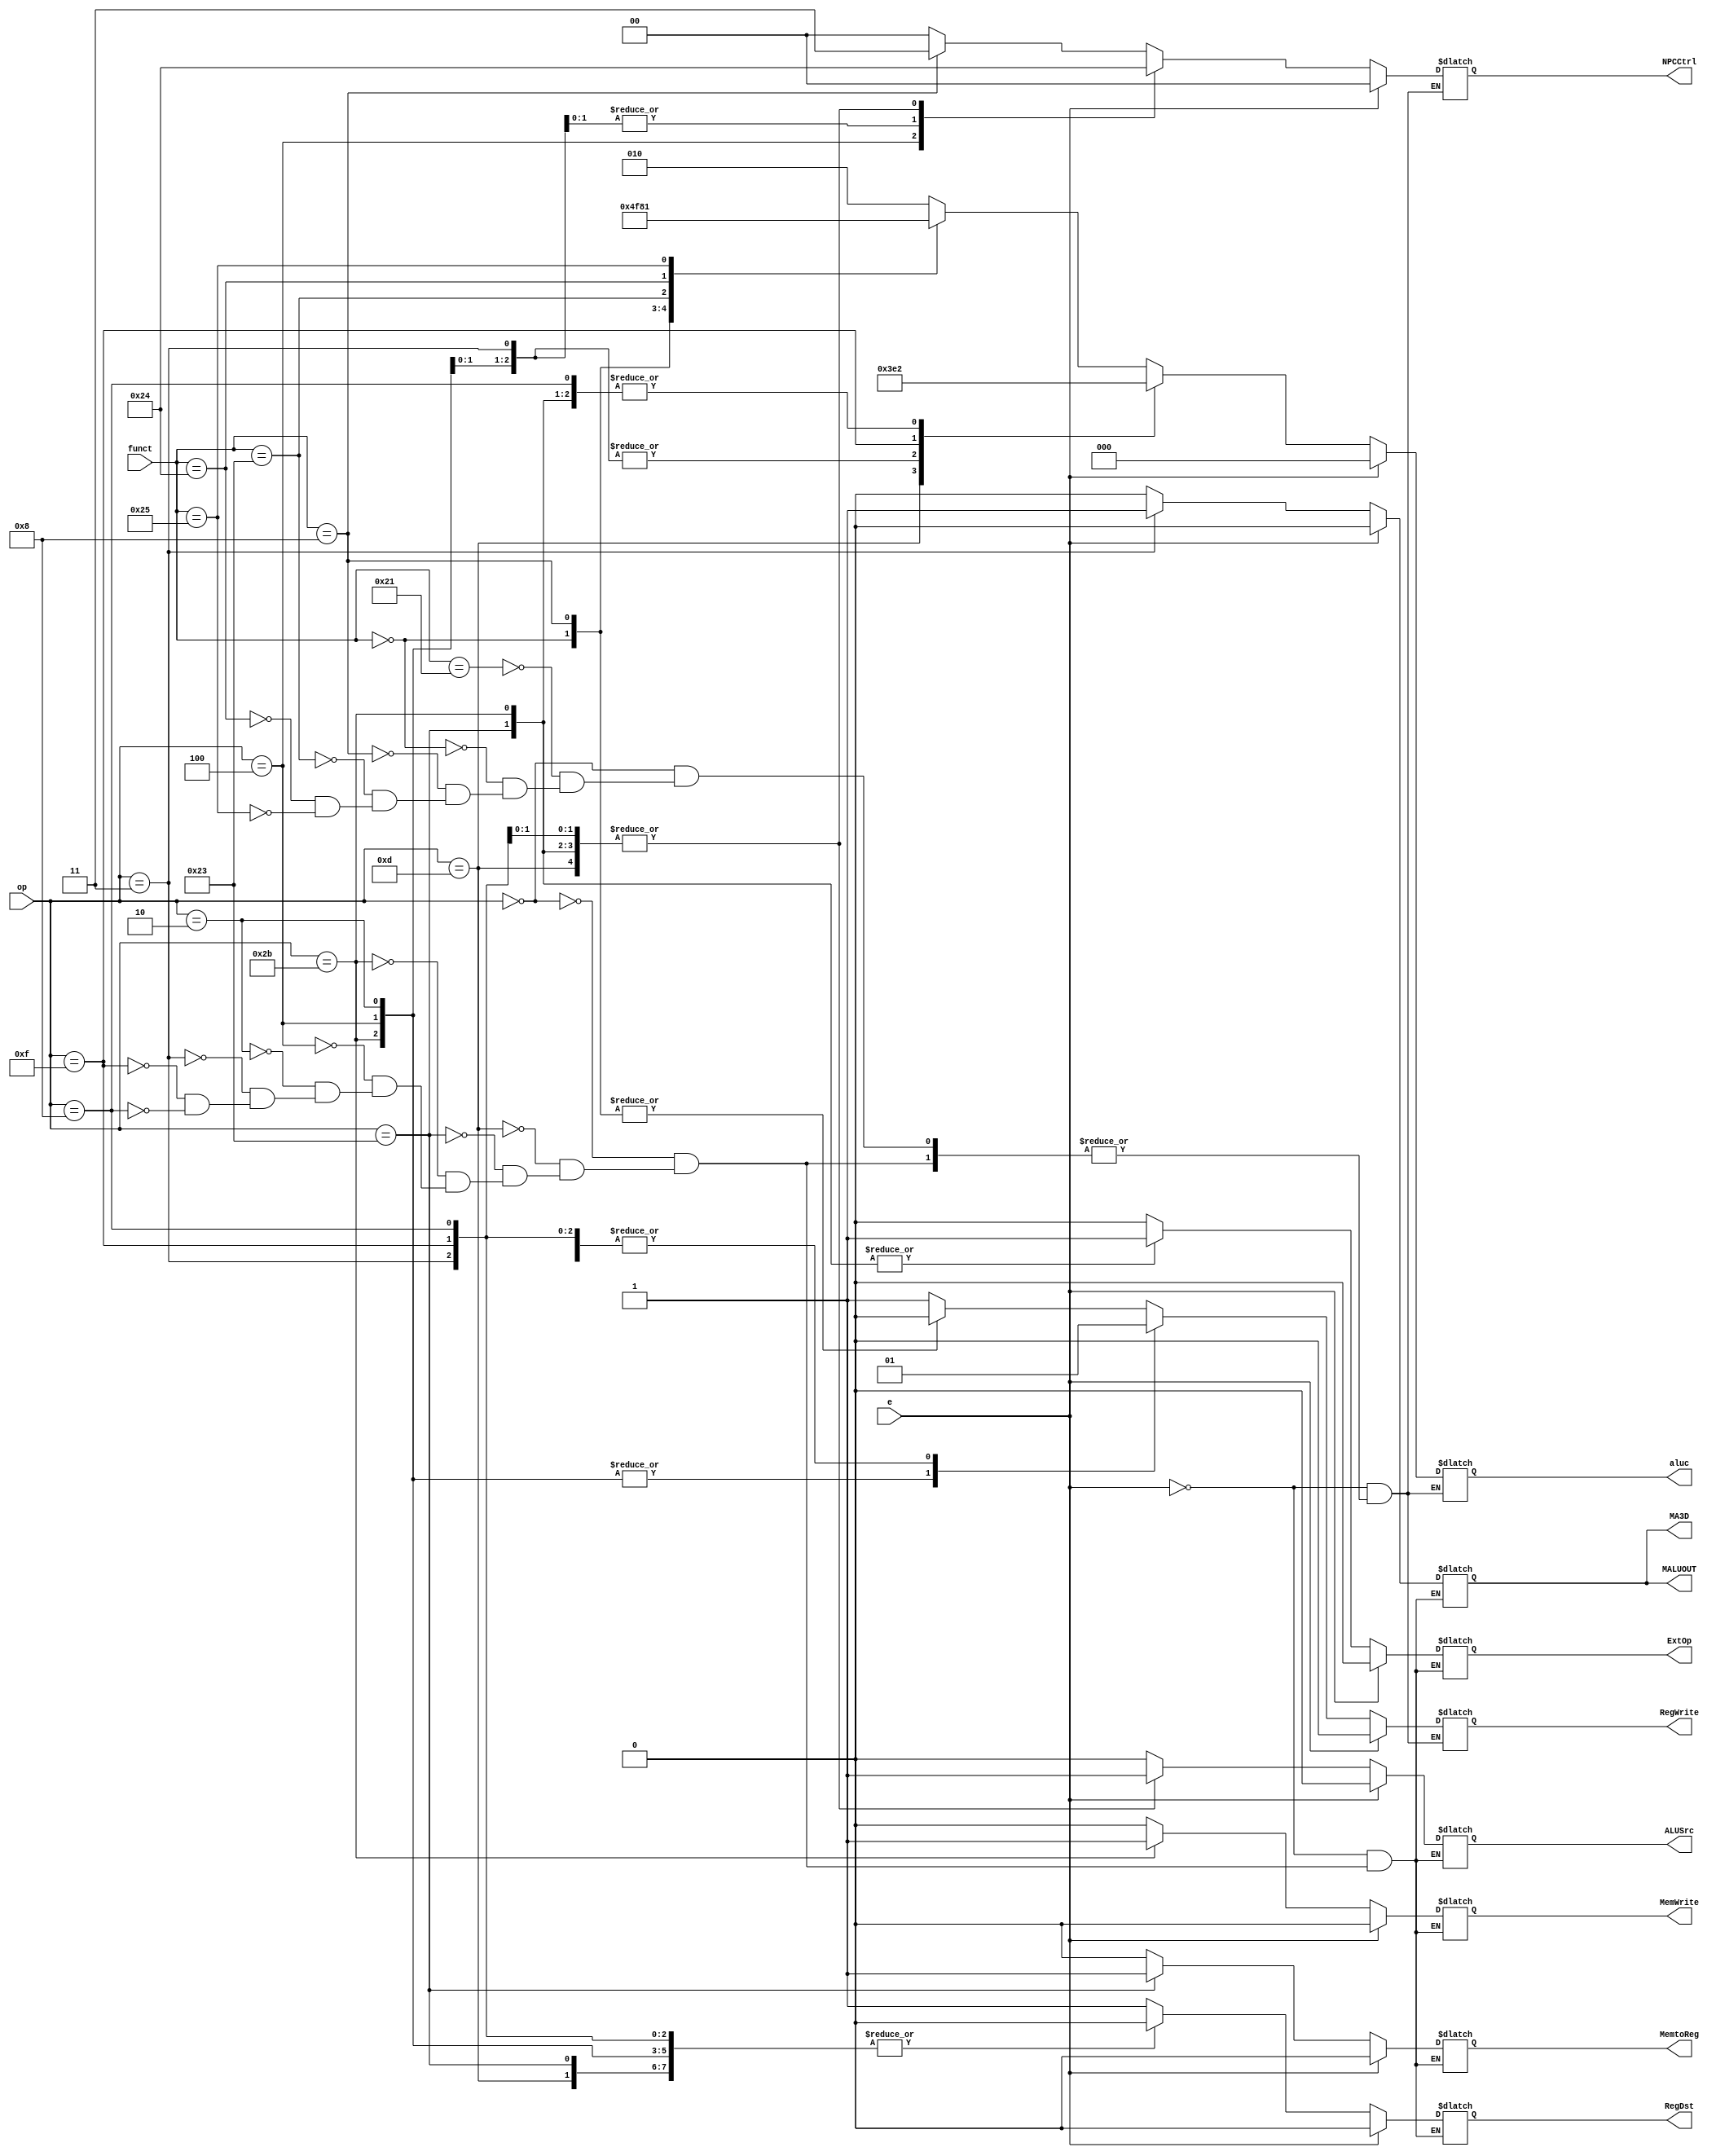
`timescale 1ns / 1ps
//Master controller
 module ctrl(e,op,funct,RegWrite,ALUSrc,RegDst,MemtoReg,MemWrite,NPCCtrl,ExtOp,aluc,MA3D,MALUOUT);
input[5:0] op,funct;
input e;
output[1:0] NPCCtrl;
output[2:0] aluc;
output RegWrite,ALUSrc,RegDst,MemtoReg,ExtOp,MemWrite,MA3D,MALUOUT;

reg[1:0] NPCCtrl=0;
reg[2:0] aluc=0;
reg RegWrite=0,ALUSrc=0,RegDst=0,MemtoReg=0,ExtOp=0,MemWrite=0,MA3D=0,MALUOUT=0;

always @ (e,op,funct)
begin
   if(e==1)//stall
	begin
	   RegWrite<=0;
		ALUSrc<=0;
		RegDst<=0;
		MemtoReg<=0;
		MemWrite<=0;
		NPCCtrl<=2'b00;
		ExtOp<=0;
		aluc<=3'b000;
		MA3D<=0;
		MALUOUT<=0;
	end
	else
	begin
		case(op)
		/*6'b001110://XORI
		begin
			RegWrite<=1;
			ALUSrc<=1;
			RegDst<=0;
			MemtoReg<=0;
			MemWrite<=0;
			NPCCtrl<=2'b00;
			ExtOp<=0;
			aluc<=3'b011;
			MA3D<=0;
		end*/
		6'b000000:
		begin	
			ALUSrc<=0;
			RegDst<=1;
			MemtoReg<=0;
			MemWrite<=0;
			ExtOp<=0;
			MA3D<=0;
			MALUOUT<=0;
			case(funct)
			6'b100001://ADDU
			begin
				NPCCtrl<=2'b00;
				RegWrite<=1;
				aluc<=3'b010;
			end
			6'b000000://NOP
			begin
				NPCCtrl<=2'b00;
				RegWrite<=0;
				aluc<=3'b100;
			end
			6'b001000://JR
			begin
				NPCCtrl<=2'b11;
				RegWrite<=0;
				aluc<=3'b111;
			end
			6'b100011://SUBU
			begin
				NPCCtrl<=2'b00;
				RegWrite<=1;
				aluc<=3'b110;
			end
			6'b100100://AND
			begin
				NPCCtrl<=2'b00;
				RegWrite<=1;
				aluc<=3'b000;
			end
			6'b100101://OR
			begin
				NPCCtrl<=2'b00;
				RegWrite<=1;
				aluc<=3'b001;
			end
			endcase
		end
		6'b001101://ORI
		begin
			RegWrite<=1;
			ALUSrc<=1;
			RegDst<=0;
			MemtoReg<=0;
			MemWrite<=0;
			NPCCtrl<=2'b00;
			ExtOp<=0;
			aluc<=3'b001;
			MA3D<=0;
			MALUOUT<=0;
		end
		6'b100011://LW
		begin
			RegWrite<=1;
			ALUSrc<=1;
			RegDst<=0;
			MemtoReg<=1;
			MemWrite<=0;
			NPCCtrl<=2'b00;
			ExtOp<=1;
			aluc<=3'b010;
			MA3D<=0;
			MALUOUT<=0;
		end
		6'b101011://SW
		begin
			RegWrite<=0;
			ALUSrc<=1;
			RegDst<=0;
			MemtoReg<=0;
			MemWrite<=1;
			NPCCtrl<=2'b00;
			ExtOp<=1;
			aluc<=3'b010;
			MA3D<=0;
			MALUOUT<=0;
		end
		6'b000100://BEQ
		begin
			RegWrite<=0;
			ALUSrc<=0;
			RegDst<=0;
			MemtoReg<=0;
			MemWrite<=0;
			NPCCtrl<=2'b10;
			ExtOp<=0;
			aluc<=3'b111;
			MA3D<=0;
			MALUOUT<=0;
		end
		6'b000010://J
		begin
			RegWrite<=0;
			ALUSrc<=0;
			RegDst<=0;
			MemtoReg<=0;
			MemWrite<=0;
			NPCCtrl<=2'b01;
			ExtOp<=0;
			aluc<=3'b111;
			MA3D<=0;
			MALUOUT<=0;
		end
		6'b000011://JAL
		begin
			RegWrite<=1;
			ALUSrc<=0;
			RegDst<=0;
			MemtoReg<=0;
			MemWrite<=0;
			NPCCtrl<=2'b01;
			ExtOp<=0;
			aluc<=3'b111;
			MA3D<=1;
			MALUOUT<=1;
		end
		6'b001111://LUI
		begin
			RegWrite<=1;
			ALUSrc<=1;
			RegDst<=0;
			MemtoReg<=0;
			MemWrite<=0;
			NPCCtrl<=2'b00;
			ExtOp<=0;
			aluc<=3'b100;
			MA3D<=0;
			MALUOUT<=0;
		end
		6'b001000://ADDI
		begin
			RegWrite<=1;
			ALUSrc<=1;
			RegDst<=0;
			MemtoReg<=0;
			MemWrite<=0;
			NPCCtrl<=2'b00;
			ExtOp<=0;
			aluc<=3'b010;
			MA3D<=0;
			MALUOUT<=0;
		end
		endcase
	end
end

endmodule